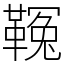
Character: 𩌑